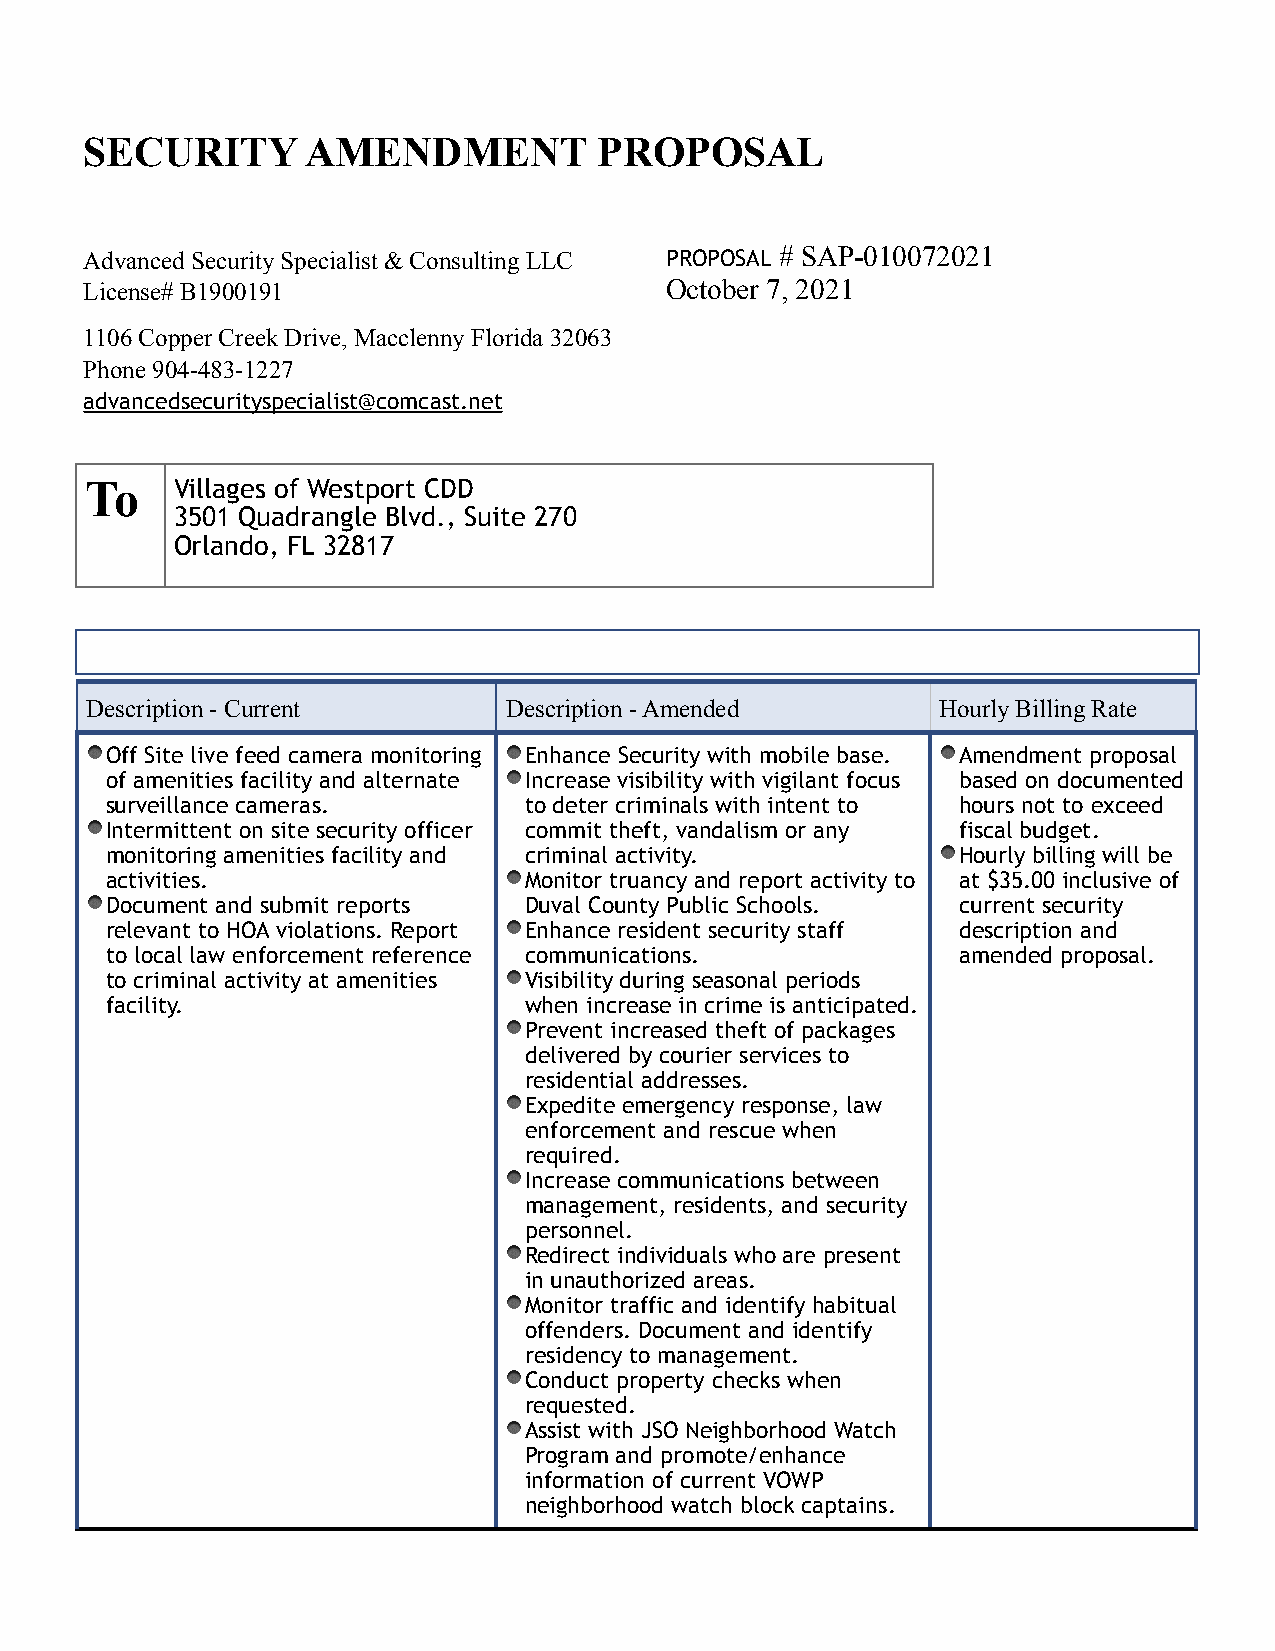
SECURITY      AMENDMENT           PROPOSAL
 Advanced Security Specialist & Consulting LLC PROPOSAL # SAP-010072021
 License# B1900191                     October 7, 2021
 1106 Copper Creek Drive, Macclenny Florida 32063
 Phone 904-483-1227
 advancedsecurityspecialist@comcast.net
 To    Villages of Westport CDD
 3501 Quadrangle Blvd., Suite 270
 Orlando, FL 32817
 I                                                                         l
 Description - Current      Description - Amended        Hourly Billing Rate
 •                           •                           •
 Off Site live feed camera monitoring Enhance Security with mobile base. Amendment proposal
 •
 of amenities facility and alternate Increase visibility with vigilant focus based on documented
 surveillance cameras.       to deter criminals with intent to hours not to exceed
 •
 Intermittent on site security officer commit theft, vandalism or any fiscal budget.
 •
 monitoring amenities facility and criminal activity.    Hourly billing will be
 •
 activities.                 Monitor truancy and report activity to at $35.00 inclusive of
 •
 Document and submit reports Duval County Public Schools. current security
 •
 relevant to HOA violations. Report Enhance resident security staff description and
 to local law enforcement reference communications.      amended proposal.
 •
 to criminal activity at amenities Visibility during seasonal periods
 facility.                   when increase in crime is anticipated.
 •
 Prevent increased theft of packages
 delivered by courier services to
 residential addresses.
 •
 Expedite emergency response, law
 enforcement and rescue when
 required.
 •
 Increase communications between
 management, residents, and security
 personnel.
 •
 Redirect individuals who are present
 in unauthorized areas.
 •
 Monitor traffic and identify habitual
 offenders. Document and identify
 residency to management.
 •
 Conduct property checks when
 requested.
 •
 Assist with JSO Neighborhood Watch
 Program and promote/enhance
 information of current VOWP
 neighborhood watch block captains.